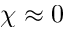
\chi \approx 0